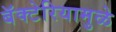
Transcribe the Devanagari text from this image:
बॅक्टेरियामुळे